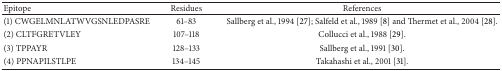
<table><thead><tr><td><b>Epitope </b></td><td><b>Residues </b></td><td><b>References</b></td></tr></thead><tbody><tr><td>(1) CWGELMNLATWVGSNLEDPASRE</td><td>61–83</td><td>Sallberg et al., 1994 [27]; Salfeld et al., 1989 [8] and Thermet et al., 2004 [28]. </td></tr><tr><td>(2) CLTFGRETVLEY</td><td>107–118</td><td>Collucci et al., 1988 [29]. </td></tr><tr><td>(3) TPPAYR</td><td>128–133</td><td>Sallberg et al., 1991 [30]. </td></tr><tr><td>(4) PPNAPILSTLPE</td><td>134–145</td><td>Takahashi et al., 2001 [31]. </td></tr></tbody></table>